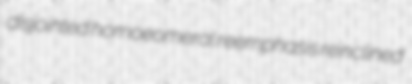
disjointed homoeomeral reemphasis reinclined